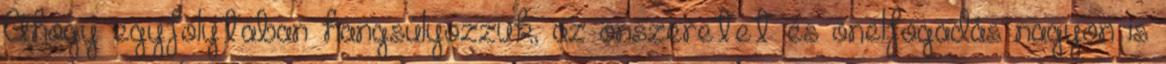
Ahogy egyfolytában hangsúlyozzuk, az önszeretet és önelfogadás nagyon is